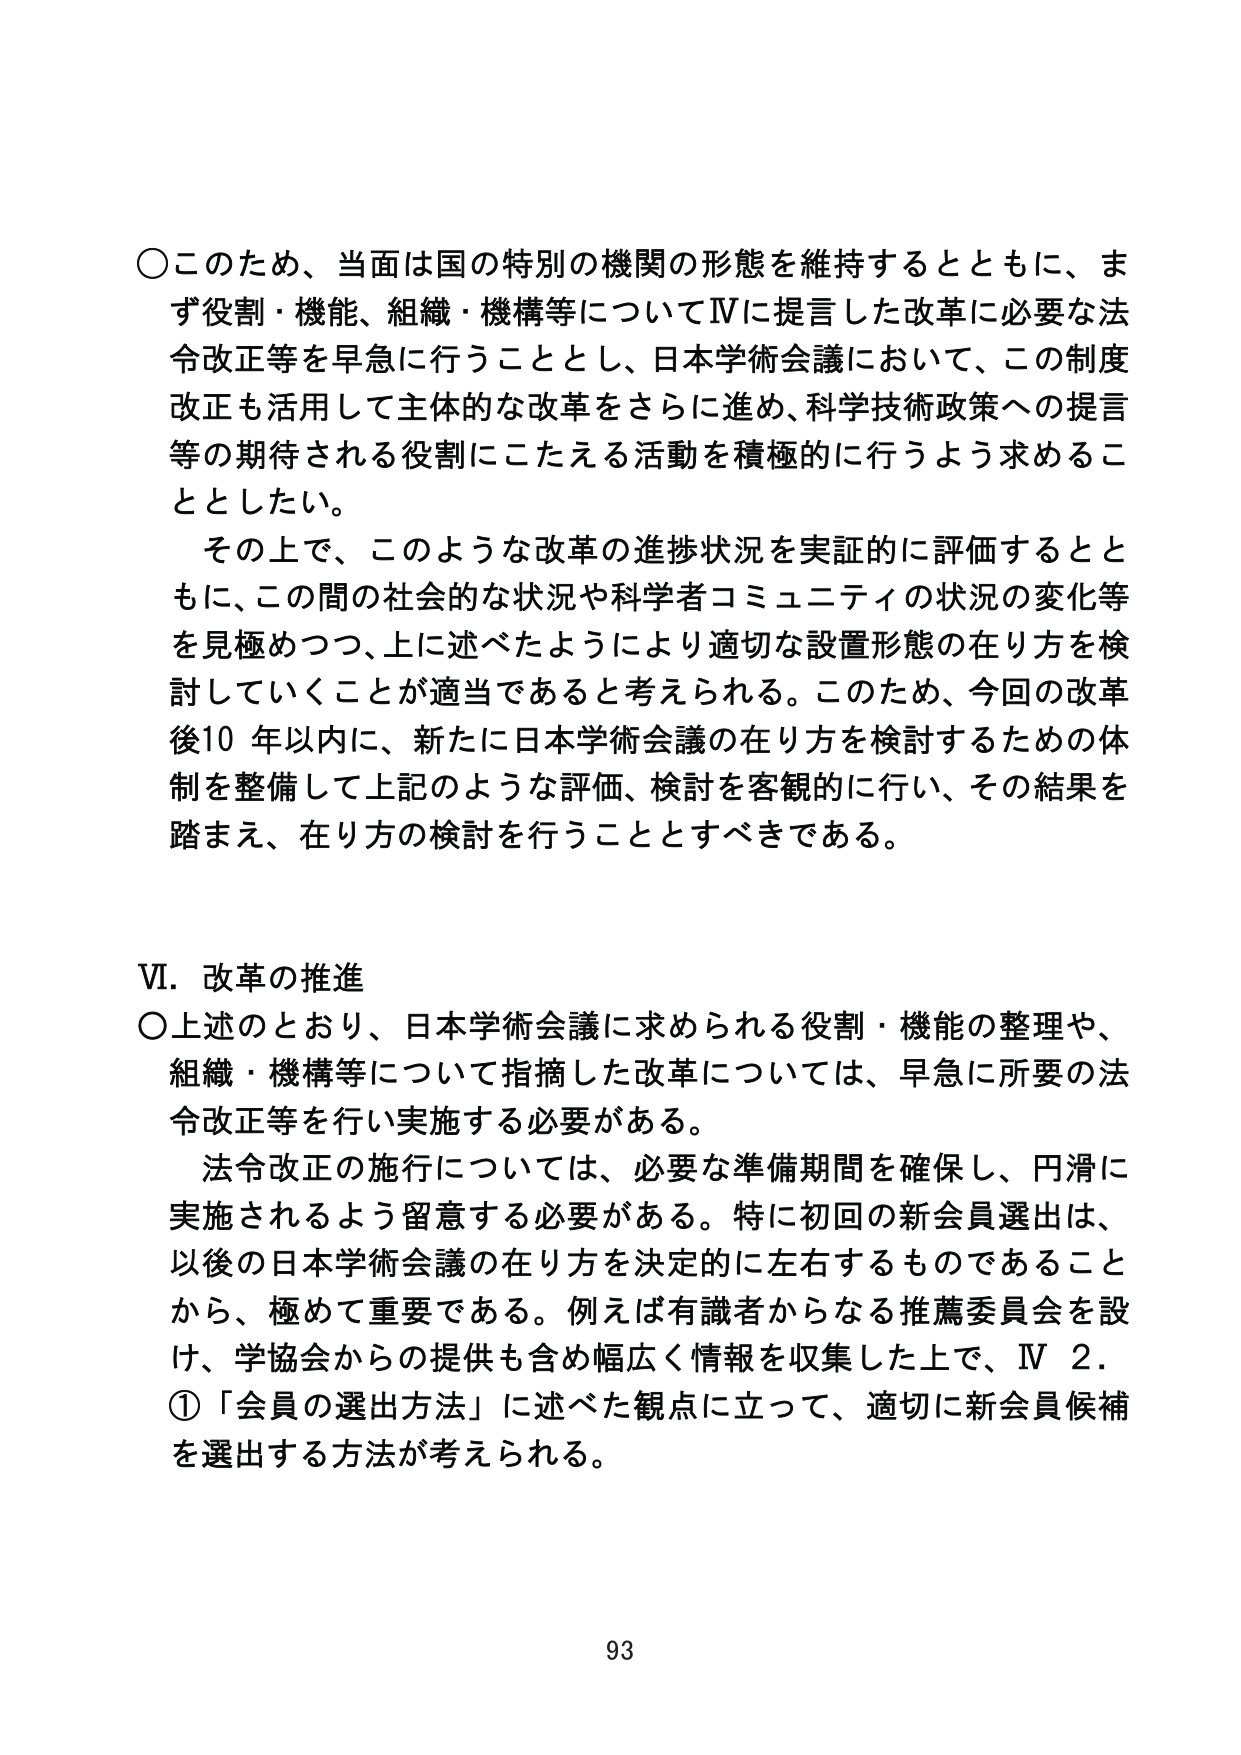
○このため、当面は国の特別の機関の形態を維持するとともに、まず役割・機能、組織・機構等についてⅣに提言した改革に必要な法令改正等を早急に行うこととし、日本学術会議において、この制度改正も活用して主体的な改革をさらに進め、科学技術政策への提言等の期待される役割にこたえる活動を積極的に行うよう求めることとした。

その上で、このような改革の進捗状況を実証的に評価するとともに、この間の社会的な状況や科学者コミュニティの状況の変化等を見極めつつ、上に述べたようにより適切な設置形態の在り方を検討していくことが適当であると考えられる。このため、今回の改革後10年以内に、新たに日本学術会議の在り方を検討するための体制を整備して上記のような評価、検討を客観的に行い、その結果を踏まえ、在り方の検討を行うこととすべきである。

Ⅵ．改革の推進

○上述のとおり、日本学術会議に求められる役割・機能の整理や、組織・機構等について指摘した改革については、早急に所要の法令改正等を行い実施する必要がある。

法令改正の施行については、必要な準備期間を確保し、円滑に実施されるよう留意する必要がある。特に初回の新会員選出は、以後の日本学術会議の在り方を決定的に左右するものであることから、極めて重要である。例えば有識者からなる推薦委員会を設け、学協会からの提供も含め幅広く情報を収集した上で、Ⅳ 2. ①「会員の選出方法」に述べた観点に立って、適切に新会員候補を選出する方法が考えられる。

93